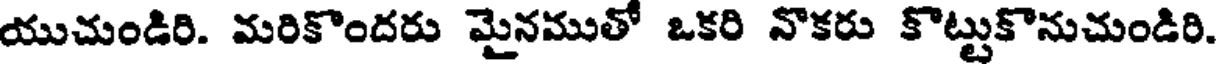
యుచుండిరి. మరికొందరు మైనముతో ఒకరి నొకరు కొట్టుకొనుచుండిరి.